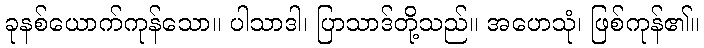
ခုနစ်ယောက်ကုန်သော။ ပါသာဒါ၊ ပြာသာဒ်တို့သည်။ အဟေသုံ၊ ဖြစ်ကုန်၏။